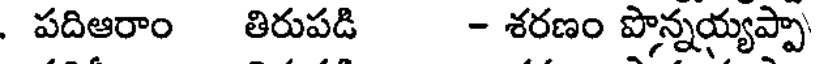
. పదిఆరాం తిరుపడి - శరణం పొన్నయ్యప్పా